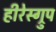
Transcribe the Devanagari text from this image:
हीरेस्ग्रुप